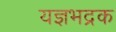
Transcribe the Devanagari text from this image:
यज्ञभद्रक